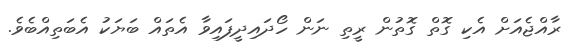
ރާއްޖެއަށް އެކި ގޮތް ގޮތުން ރީތި ނަން ހޯދައިދީފައިވާ އެތައް ބަޔަކު އެބަތިއްބެވެ.